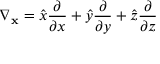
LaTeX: \nabla _ { \mathbf { x } } = { \hat { x } } { \frac { \partial } { \partial x } } + { \hat { y } } { \frac { \partial } { \partial y } } + { \hat { z } } { \frac { \partial } { \partial z } }